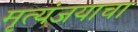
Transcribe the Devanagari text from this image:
मृत्यंजयाचा